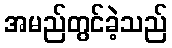
အမည်တွင်ခဲ့သည်